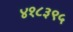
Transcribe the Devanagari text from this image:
४१८३९५